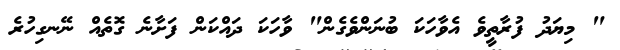
" މިޔަދު ފުރާތީވެ އެވާހަކަ ބުނަންވެގެން" ވާހަކަ ދައްކަން ފަށާނެ ގޮތެއް ނޭނގިހުރެ